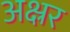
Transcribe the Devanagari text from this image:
अक्ष्रर